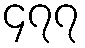
၄၇၇